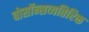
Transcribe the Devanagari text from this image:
बोसॉन्सव्यतिरिक्त